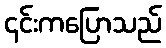
၎င်းကပြောသည်